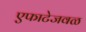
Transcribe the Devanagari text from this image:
एफाटेजवळ